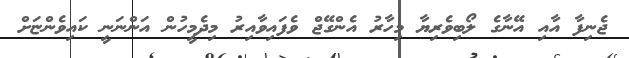
ޖެނިފާ އާއި އޭނާގެ ލޯބިވެރިޔާ މިހާރު އެންގޭޖް ވެފައިވާއިރު މިދެމީހުން އަންނަނީ ކައިވެންޏަށް